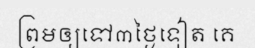
ព្រមឲ្យទៅ៣ថ្ងៃទៀត គេ